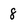
Character: 8